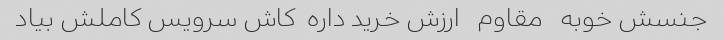
جنسش خوبه   مقاوم   ارزش خرید داره  کاش سرویس کاملش بیاد